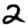
Digit: 2